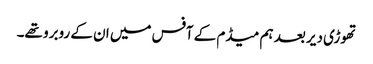
تھوڑی دیر بعد ہم میڈم کے آفس میں ان کے روبرو تھے۔